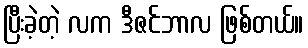
ပြီးခဲ့တဲ့ လက ဒီဇင်ဘာလ ဖြစ်တယ်။